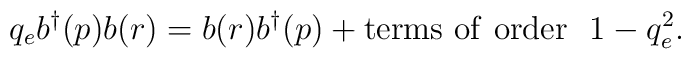
q_e b^{\dagger}(p) b(r)=b(r) b^{\dagger}(p) + {\rm terms ~of ~order} ~~1-q_e^2.